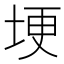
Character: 埂